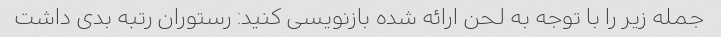
جمله زیر را با توجه به لحن ارائه شده بازنویسی کنید: رستوران رتبه بدی داشت